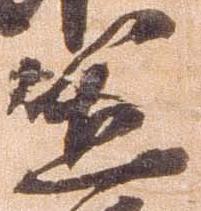
笠